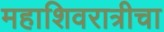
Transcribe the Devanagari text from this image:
महाशिवरात्रीचा